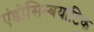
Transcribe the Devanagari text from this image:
एंडोसिम्बयाटिक